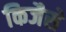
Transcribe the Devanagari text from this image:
किजैसे